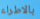
بالاطراء